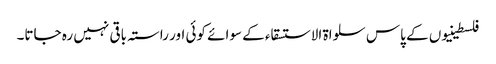
فلسطینیوں کے پاس سلواۃ الاستسقاء کے سوائے کوئی اور راستہ باقی نہیں رہ جاتا۔